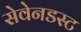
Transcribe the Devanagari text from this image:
सेवेनडस्ट